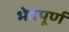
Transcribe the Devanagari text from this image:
भेदपूर्ण